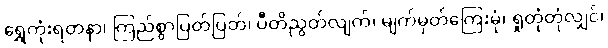
ရွှေကုံးရတနာ၊ ကြည်စွာပြတ်ပြတ်၊ ပီတိညွတ်လျက်၊ မျက်မှတ်ကြေးမုံ၊ ရှုတုံတုံလျှင်၊